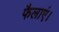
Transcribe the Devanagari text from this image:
फैलाएं।